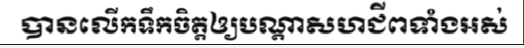
បានលើកទឹកចិត្តឲ្យបណ្តាសហជីពទាំងអស់